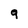
Character: 9